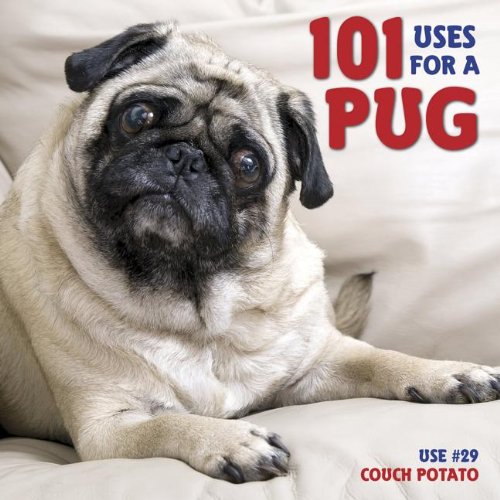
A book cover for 101 Uses For A Pug; Willow Creek Press; Humor & Entertainment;